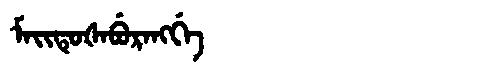
Manchu: ᠮᠠᡳᡨᡠᡧᠠᠪᡠᡵᠠᠩᡤᡝ
Romanization: MAITUŠABURANGGE